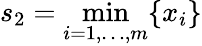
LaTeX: s_{2}=\operatorname*{min}_{i=1,\ldots,m}\{ x_{i}\}